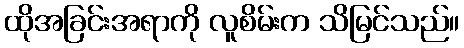
ထိုအခြင်းအရာကို လူစိမ်းက သိမြင်သည်။